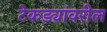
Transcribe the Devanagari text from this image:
टेकड्यांवरील